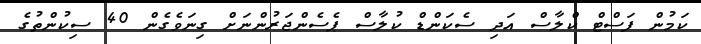
ކަމުން ފަސްޓް ކްލާސް އަދި ސެކަންޑް ކުލާސް ޕެސެންޖަރުންނަށް ގިނަވެގެން 40 ސިކުންތުގެ